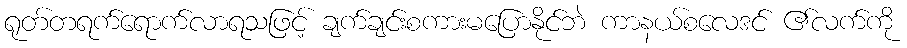
ရုတ်တရက်ရောက်လာရသဖြင့် ချက်ချင်းစကားမပြောနိုင်ဘဲ ကာနယ်စလေဒင် ၏လက်ကို